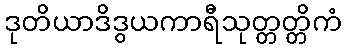
ဒုတိယာဒိဒွယကာရီသုတ္တတ္တိကံ